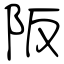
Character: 阪